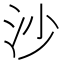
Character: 沙